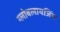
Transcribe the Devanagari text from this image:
ग्लोबलायजिंग